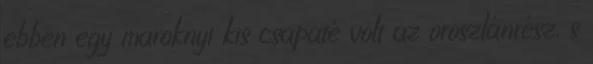
ebben egy maroknyi kis csapaté volt az oroszlánrész, s